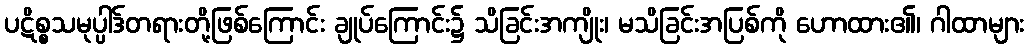
ပဋိစ္စသမုပ္ပါဒ်တရားတို့ဖြစ်ကြောင်း ချုပ်ကြောင်း၌ သိခြင်းအကျိုး၊ မသိခြင်းအပြစ်ကို ဟောထား၏၊ ဂါထာများ